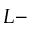
L -